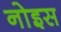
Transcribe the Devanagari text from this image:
नोइस